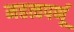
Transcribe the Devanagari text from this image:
महत्वपर्णू